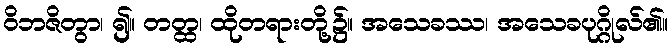
ဝိဘဇိတွာ၊ ၍။ တတ္ထ၊ ထိုတရားတို့၌။ အသေခဿ၊ အသေခပုဂ္ဂိုလ်၏။